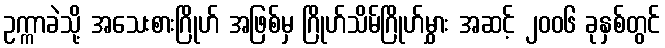
ဥက္ကာခဲသို့ အသေးစားဂြိုဟ် အဖြစ်မှ ဂြိုဟ်သိမ်ဂြိုဟ်မွှား အဆင့် ၂၀၀၆ ခုနှစ်တွင်